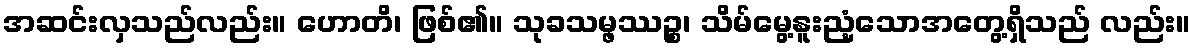
အဆင်းလှသည်လည်း။ ဟောတိ၊ ဖြစ်၏။ သုခသမ္ဖဿဉ္စ၊ သိမ်မွေ့နူးညံ့သောအတွေ့ရှိသည် လည်း။